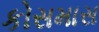
કોસમાસ